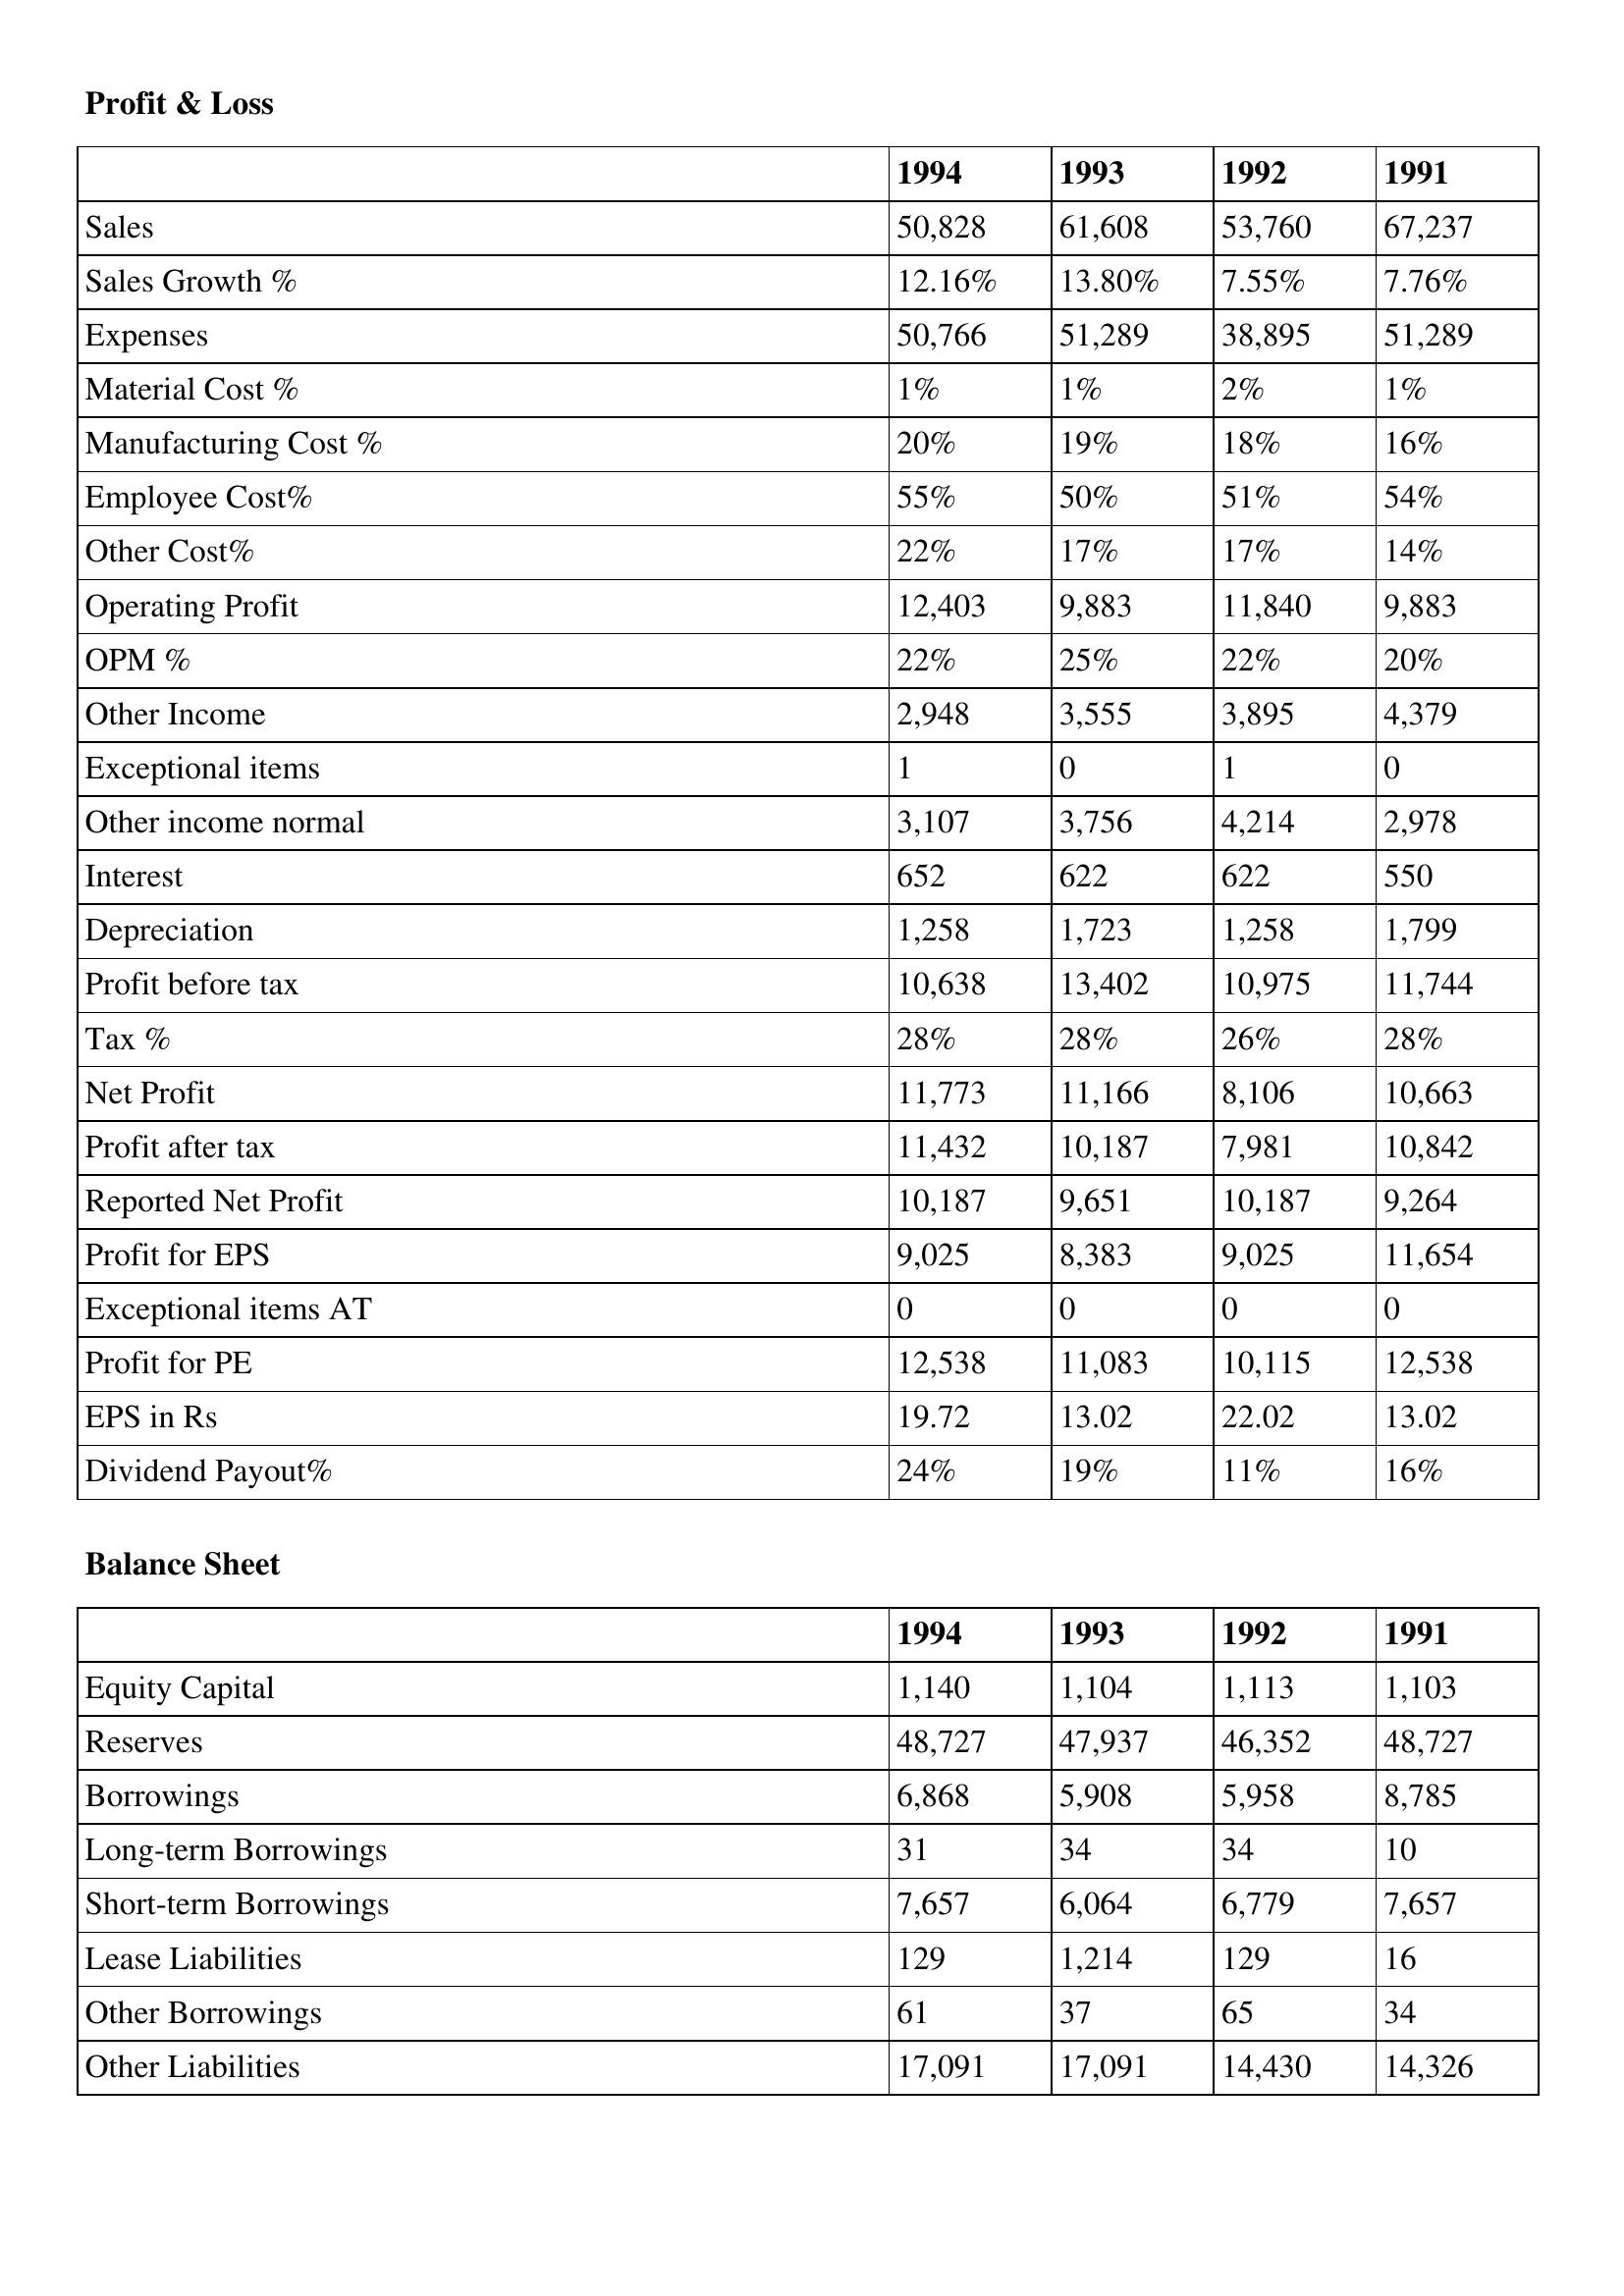
gt_parse: 1994: Profit & Loss: Sales: 50,828
Sales Growth %: 12.16%
Expenses: 50,766
Material Cost %: 1%
Manufacturing Cost %: 20%
Employee Cost%: 55%
Other Cost%: 22%
Operating Profit: 12,403
OPM %: 22%
Other Income: 2,948
Exceptional items: 1
Other income normal: 3,107
Interest: 652
Depreciation: 1,258
Profit before tax: 10,638
Tax %: 28%
Net Profit: 11,773
Profit after tax: 11,432
Reported Net Profit: 10,187
Profit for EPS: 9,025
Exceptional items AT: 0
Profit for PE: 12,538
EPS in Rs: 19.72
Dividend Payout%: 24%
Balance Sheet: Equity Capital: 1,140
Reserves: 48,727
Borrowings: 6,868
Long-term Borrowings: 31
Short-term Borrowings: 7,657
Lease Liabilities: 129
Other Borrowings: 61
Other Liabilities: 17,091
1993: Profit & Loss: Sales: 61,608
Sales Growth %: 13.80%
Expenses: 51,289
Material Cost %: 1%
Manufacturing Cost %: 19%
Employee Cost%: 50%
Other Cost%: 17%
Operating Profit: 9,883
OPM %: 25%
Other Income: 3,555
Exceptional items: 0
Other income normal: 3,756
Interest: 622
Depreciation: 1,723
Profit before tax: 13,402
Tax %: 28%
Net Profit: 11,166
Profit after tax: 10,187
Reported Net Profit: 9,651
Profit for EPS: 8,383
Exceptional items AT: 0
Profit for PE: 11,083
EPS in Rs: 13.02
Dividend Payout%: 19%
Balance Sheet: Equity Capital: 1,104
Reserves: 47,937
Borrowings: 5,908
Long-term Borrowings: 34
Short-term Borrowings: 6,064
Lease Liabilities: 1,214
Other Borrowings: 37
Other Liabilities: 17,091
1992: Profit & Loss: Sales: 53,760
Sales Growth %: 7.55%
Expenses: 38,895
Material Cost %: 2%
Manufacturing Cost %: 18%
Employee Cost%: 51%
Other Cost%: 17%
Operating Profit: 11,840
OPM %: 22%
Other Income: 3,895
Exceptional items: 1
Other income normal: 4,214
Interest: 622
Depreciation: 1,258
Profit before tax: 10,975
Tax %: 26%
Net Profit: 8,106
Profit after tax: 7,981
Reported Net Profit: 10,187
Profit for EPS: 9,025
Exceptional items AT: 0
Profit for PE: 10,115
EPS in Rs: 22.02
Dividend Payout%: 11%
Balance Sheet: Equity Capital: 1,113
Reserves: 46,352
Borrowings: 5,958
Long-term Borrowings: 34
Short-term Borrowings: 6,779
Lease Liabilities: 129
Other Borrowings: 65
Other Liabilities: 14,430
1991: Profit & Loss: Sales: 67,237
Sales Growth %: 7.76%
Expenses: 51,289
Material Cost %: 1%
Manufacturing Cost %: 16%
Employee Cost%: 54%
Other Cost%: 14%
Operating Profit: 9,883
OPM %: 20%
Other Income: 4,379
Exceptional items: 0
Other income normal: 2,978
Interest: 550
Depreciation: 1,799
Profit before tax: 11,744
Tax %: 28%
Net Profit: 10,663
Profit after tax: 10,842
Reported Net Profit: 9,264
Profit for EPS: 11,654
Exceptional items AT: 0
Profit for PE: 12,538
EPS in Rs: 13.02
Dividend Payout%: 16%
Balance Sheet: Equity Capital: 1,103
Reserves: 48,727
Borrowings: 8,785
Long-term Borrowings: 10
Short-term Borrowings: 7,657
Lease Liabilities: 16
Other Borrowings: 34
Other Liabilities: 14,326